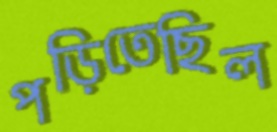
পড়িতেছিল